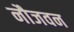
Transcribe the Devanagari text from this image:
नौजवन